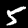
Digit: 5